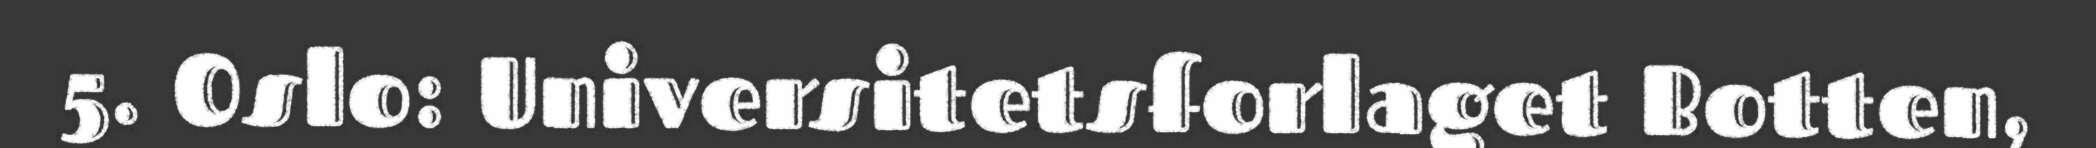
5. Oslo: Universitetsforlaget Botten,